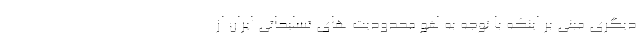
دیگری مبنی بر اینکه با توجه به لغو محدودیت های تسلیحاتی ایران از